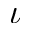
\iota